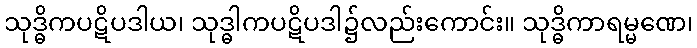
သုဒ္ဓိကပဋိပဒါယ၊ သုဒ္ဓါကပဋိပဒါ၌လည်းကောင်း။ သုဒ္ဓိကာရမ္မဏေ၊